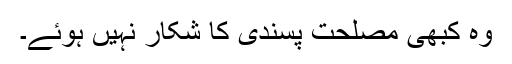
وہ کبھی مصلحت پسندی کا شکار نہیں ہوئے۔